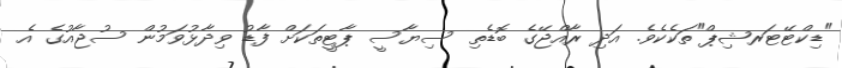
"ޑިކްޓޭޓަރޝިޕް"ތަކެކެވެ. އަދި ރާއްޖޭގެ ބޮޑެތި ސިޔާސީ ޕާޓީތަކަށް ފާޑު ވިދާޅުވަމުން ސުޖާއުގެ އެ